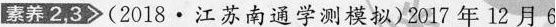
素养2，3(2018·江苏南通学测模拟)2017年12月6